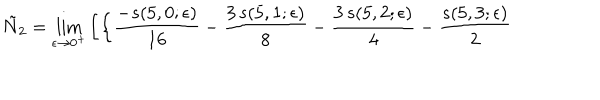
\tilde { N } _ { 2 } = \lim _ { \epsilon \rightarrow 0 ^ { + } } \left[ \left\{ { \frac { - s ( 5 , 0 ; \epsilon ) } { 1 6 } } - { \frac { 3 \, s ( 5 , 1 ; \epsilon ) } { 8 } } - { \frac { 3 \, s ( 5 , 2 ; \epsilon ) } { 4 } } - { \frac { s ( 5 , 3 ; \epsilon ) } { 2 } } \right. \right.